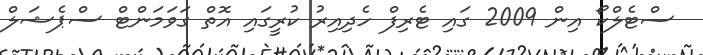
ސްޓެލްކޯ އިން 2009 ގައި ޓެރިފް ހެދިއިރު ކުރީގައި އޮތް ގަވަމަންޓް ސްޕެޝަލް